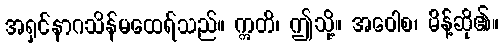
အရှင်နာဂသိန်မထေရ်သည်။ ဣတိ၊ ဤသို့။ အဝေါစ၊ မိန့်ဆို၏။